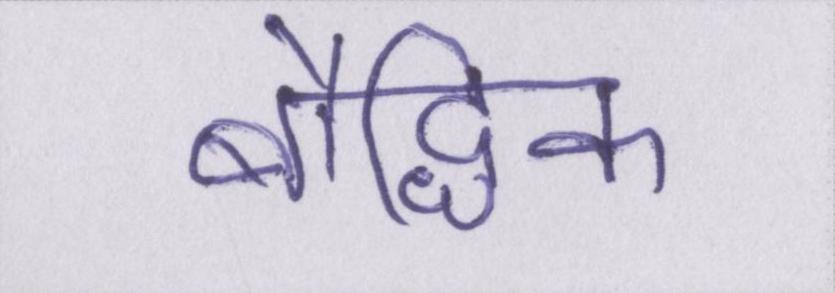
बौद्धिक